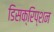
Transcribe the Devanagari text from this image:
डिसक्रिप्शन